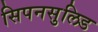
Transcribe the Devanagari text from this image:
सिपनसुलिड